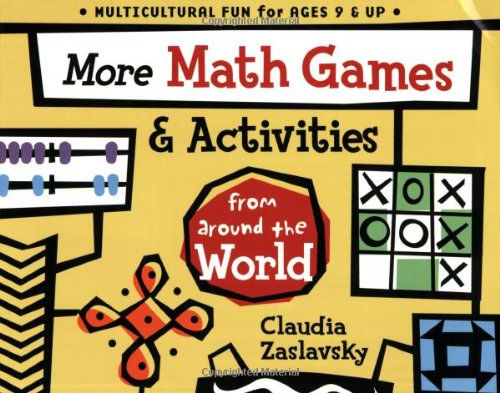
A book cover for More Math Games & Activities from Around the World; Claudia Zaslavsky; Humor & Entertainment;